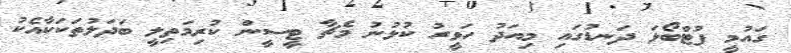
ގައުމީ ފުޓްބޯޅަ ދަނޑުގައި މިއަދު ހަވީރު ކުޅުނު މެޗާ ޓީސީން ކުރިމަތިލީ ބަދަލުތަކަކާއެކު